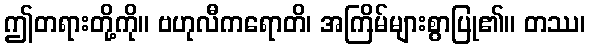
ဤတရားတို့ကို။ ဗဟုလီကရောတိ၊ အကြိမ်များစွာပြု၏။ တဿ၊